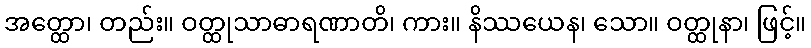
အတ္ထော၊ တည်း။ ဝတ္ထုသာဓာရဏာတိ၊ ကား။ နိဿယေန၊ သော။ ဝတ္ထုနာ၊ ဖြင့်။